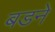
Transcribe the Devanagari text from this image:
बडने